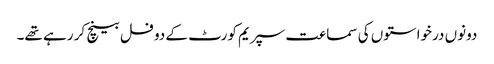
دونوں درخواستوں کی سماعت سپریم کورٹ کے دو فل بینچ کر رہے تھے۔